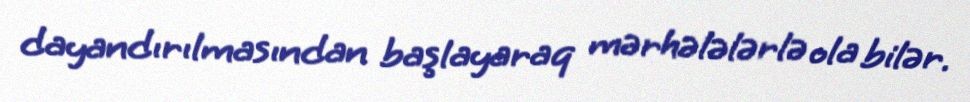
dayandırılmasından başlayaraq mərhələlərlə ola bilər.